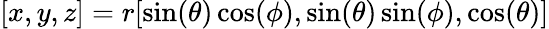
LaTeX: [x,y,z]=r[\sin(\theta)\cos(\phi),\sin(\theta)\sin(\phi),\cos(\theta)]